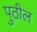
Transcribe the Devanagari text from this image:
पुठील